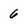
Character: 6